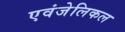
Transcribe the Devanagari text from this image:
एवंजेलिकल